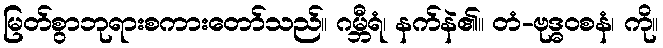
မြတ်စွာဘုရားစကားတော်သည်။ ဂမ္ဘီရံ၊ နက်နဲ၏။ တံ-ဗုဒ္ဓဝစနံ၊ ကို။